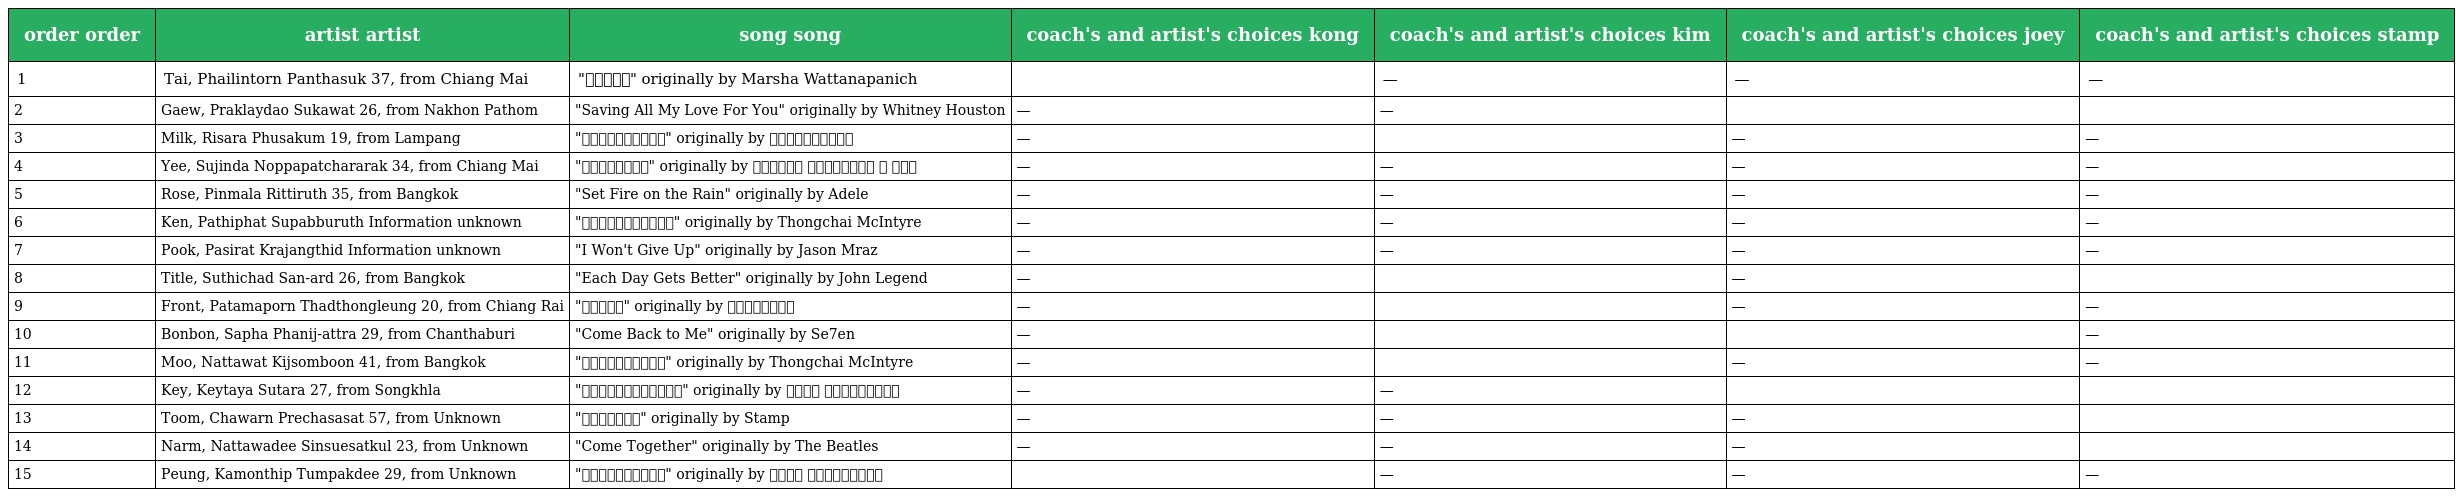
| order order | artist artist | song song | coach's and artist's choices kong | coach's and artist's choices kim | coach's and artist's choices joey | coach's and artist's choices stamp |
 | --- | --- | --- | --- | --- | --- | --- |
 | 1 | Tai, Phailintorn Panthasuk 37, from Chiang Mai | "ใจเอย" originally by Marsha Wattanapanich |  | — | — | — |
 | 2 | Gaew, Praklaydao Sukawat 26, from Nakhon Pathom | "Saving All My Love For You" originally by Whitney Houston | — | — |  |  |
 | 3 | Milk, Risara Phusakum 19, from Lampang | "สิ่งสำคัญ" originally by เอ็นโดรฟิน | — |  | — | — |
 | 4 | Yee, Sujinda Noppapatchararak 34, from Chiang Mai | "ขอจันทร์" originally by วิยะดา โกมารกุล ณ นคร | — | — | — | — |
 | 5 | Rose, Pinmala Rittiruth 35, from Bangkok | "Set Fire on the Rain" originally by Adele | — | — | — | — |
 | 6 | Ken, Pathiphat Supabburuth Information unknown | "เสียงกระซิบ" originally by Thongchai McIntyre | — | — | — | — |
 | 7 | Pook, Pasirat Krajangthid Information unknown | "I Won't Give Up" originally by Jason Mraz | — | — | — | — |
 | 8 | Title, Suthichad San-ard 26, from Bangkok | "Each Day Gets Better" originally by John Legend | — |  | — |  |
 | 9 | Front, Patamaporn Thadthongleung 20, from Chiang Rai | "ลูกอม" originally by วัชราวลี | — |  | — | — |
 | 10 | Bonbon, Sapha Phanij-attra 29, from Chanthaburi | "Come Back to Me" originally by Se7en | — |  |  | — |
 | 11 | Moo, Nattawat Kijsomboon 41, from Bangkok | "เหนื่อยไหม" originally by Thongchai McIntyre | — |  | — | — |
 | 12 | Key, Keytaya Sutara 27, from Songkhla | "หากรู้สักนิด" originally by สวลี ผกาพันธุ์ | — | — |  |  |
 | 13 | Toom, Chawarn Prechasasat 57, from Unknown | "ความคิด" originally by Stamp | — | — | — |  |
 | 14 | Narm, Nattawadee Sinsuesatkul 23, from Unknown | "Come Together" originally by The Beatles | — | — | — |  |
 | 15 | Peung, Kamonthip Tumpakdee 29, from Unknown | "สนามอารมณ์" originally by สวลี ผกาพันธุ์ |  | — | — | — |